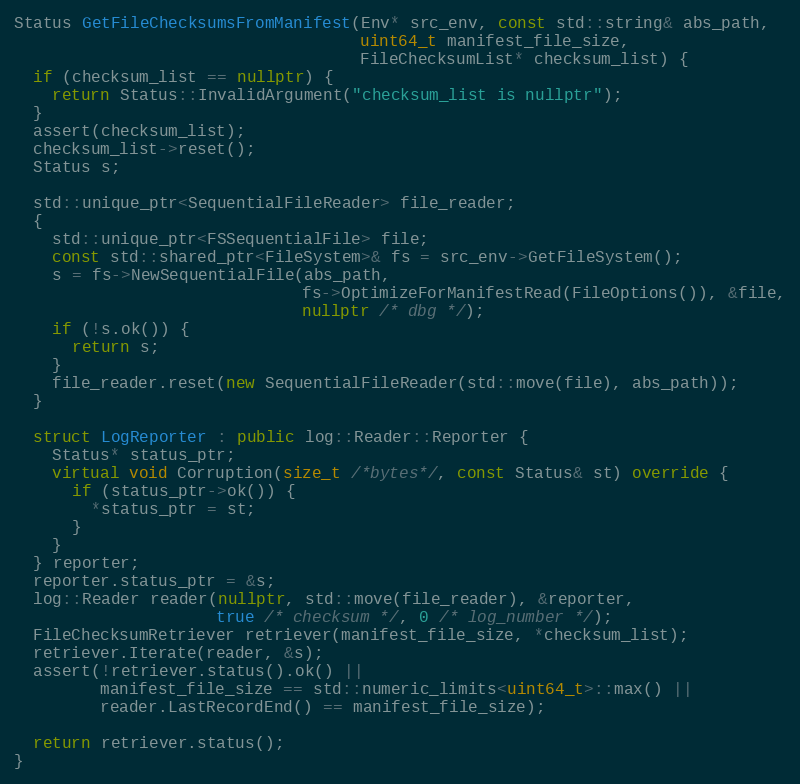
Language: C++
Status GetFileChecksumsFromManifest(Env* src_env, const std::string& abs_path,
                                    uint64_t manifest_file_size,
                                    FileChecksumList* checksum_list) {
  if (checksum_list == nullptr) {
    return Status::InvalidArgument("checksum_list is nullptr");
  }
  assert(checksum_list);
  checksum_list->reset();
  Status s;

  std::unique_ptr<SequentialFileReader> file_reader;
  {
    std::unique_ptr<FSSequentialFile> file;
    const std::shared_ptr<FileSystem>& fs = src_env->GetFileSystem();
    s = fs->NewSequentialFile(abs_path,
                              fs->OptimizeForManifestRead(FileOptions()), &file,
                              nullptr /* dbg */);
    if (!s.ok()) {
      return s;
    }
    file_reader.reset(new SequentialFileReader(std::move(file), abs_path));
  }

  struct LogReporter : public log::Reader::Reporter {
    Status* status_ptr;
    virtual void Corruption(size_t /*bytes*/, const Status& st) override {
      if (status_ptr->ok()) {
        *status_ptr = st;
      }
    }
  } reporter;
  reporter.status_ptr = &s;
  log::Reader reader(nullptr, std::move(file_reader), &reporter,
                     true /* checksum */, 0 /* log_number */);
  FileChecksumRetriever retriever(manifest_file_size, *checksum_list);
  retriever.Iterate(reader, &s);
  assert(!retriever.status().ok() ||
         manifest_file_size == std::numeric_limits<uint64_t>::max() ||
         reader.LastRecordEnd() == manifest_file_size);

  return retriever.status();
}